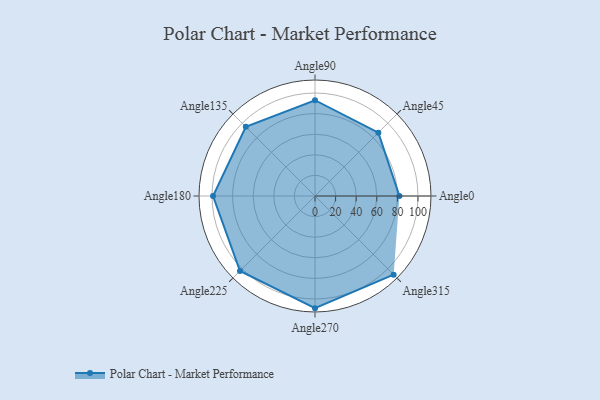
{"axis": {"x": "Angle", "y": "Radius"}, "legend": [""], "data": [{"x": "Angle0", "y": 82.0, "type": ""}, {"x": "Angle45", "y": 87.0, "type": ""}, {"x": "Angle90", "y": 93.0, "type": ""}, {"x": "Angle135", "y": 95.0, "type": ""}, {"x": "Angle180", "y": 99.0, "type": ""}, {"x": "Angle225", "y": 103.0, "type": ""}, {"x": "Angle270", "y": 109.0, "type": ""}, {"x": "Angle315", "y": 108.0, "type": ""}]}